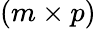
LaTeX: (m\times p)